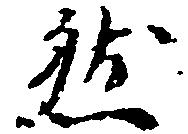
然